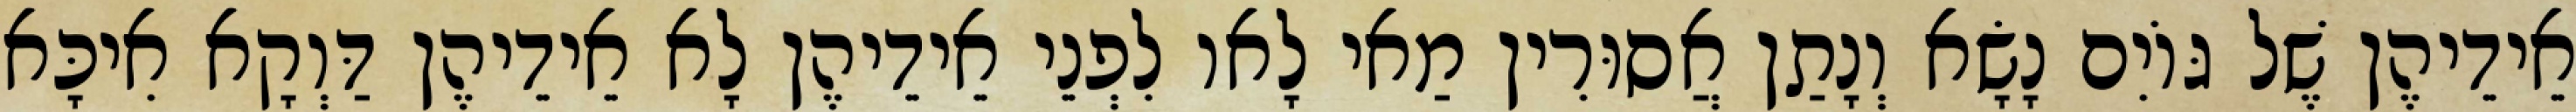
אֵידֵיהֶן שֶׁל גּוֹיִם נָשָׂא וְנָתַן אֲסוּרִין מַאי לָאו לִפְנֵי אֵידֵיהֶן לָא אֵידֵיהֶן דַּוְקָא אִיכָּא